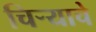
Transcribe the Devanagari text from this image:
चिर्‍याचे